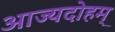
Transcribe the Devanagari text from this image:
आज्यदोहम्